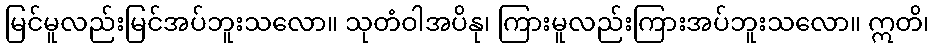
မြင်မူလည်းမြင်အပ်ဘူးသလော။ သုတံဝါအပိနု၊ ကြားမူလည်းကြားအပ်ဘူးသလော။ ဣတိ၊